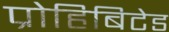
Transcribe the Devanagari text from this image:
प्रोहिबिटेड